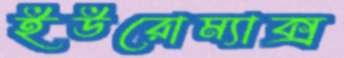
ইউরোম্যাক্স